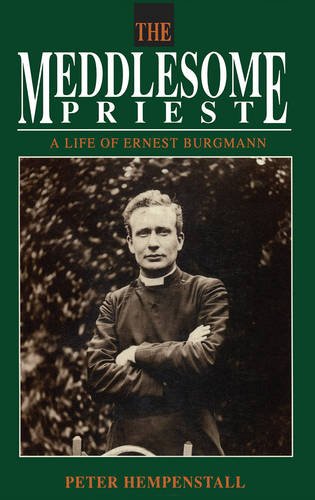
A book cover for The Meddlesome Priest: Life of Ernest Burgmann; Peter Hempenstall; Biographies & Memoirs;